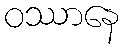
ဝဿာနေ